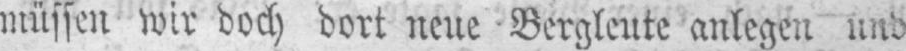
müssen wir doch dort neue Bergleute anlegen und